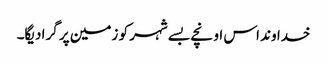
خدا وند اس اونچے بسے شہر کو زمین پر گرا دیگا۔